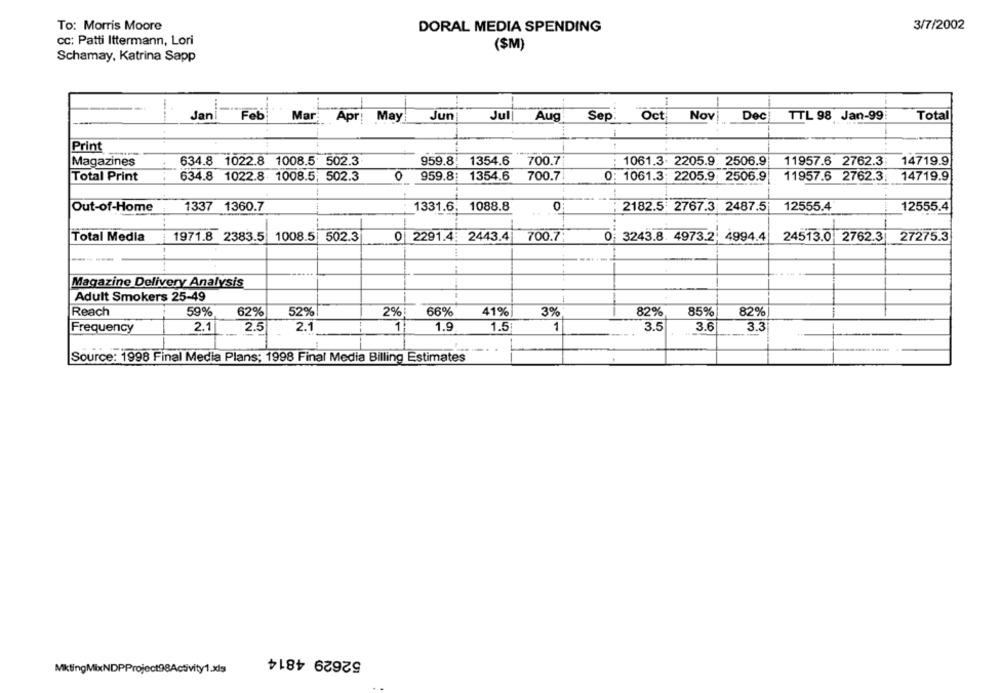
To: Morris Moore
3/7/2002
DORAL MEDIA SPENDING
CC: Patti Ittermann, Lori
($M)
Schamay, Katrina Sapp
Jani
Feb
Mar Apr: May
Jun
Jul| Aug
Sep.
Oct
Nov
Dec
TTL 98 Jan-99
Total
Print
Magazines
634.8 1022.8 1008.5 502.3
959.8
1354.6
700.7
1061.3. 2205.9. 2506.9
11957.6 2762.3:
14719.9
Total Print
..
634.8 1022.8 1008.5, 502.3
0
959.8:
1354.6
700.7
0: 1061.3: 2205.9. 2506.9
11957.6 2762.3;
14719.9
-
Out-of-Home
1337 1360.7
1331.6. 1088.8
0
2182.5 2767.3 2487.5
12555.4
12555.4
700.7
Total Media
1971.8 2383.5
1008.5 502.3
0| 2291.4: 2443.4
0; 3243.8. 4973.2;
4994.4
24513.0 2762.3
27275.3
Magazine Delivery Analysis
Adult Smokers 25-49
Reach
59%
62%
52%
2%!
66%
41%
3%
82%
85%
82%
1
1
3.5
Frequency
2.1
2.5
2.1
1.9
1.5
3.6
3.3
Source: 1998 Final Media Plans; 1998 Final Media Billing Estimates
52629 4814
MiktingMixNDPProject98Activity1.xls